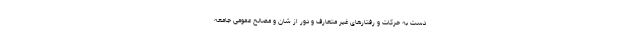
دست به حرکات و رفتارهای غیر متعارف و دور از شان و مصالح عمومی جامعه